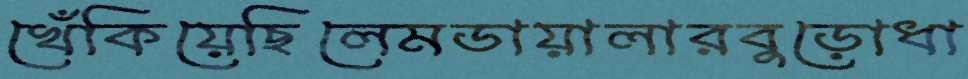
খেঁকিয়েছিলেমডায়ালারবুড়োধা